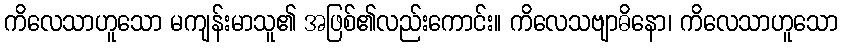
ကိလေသာဟူသော မကျန်းမာသူ၏ အဖြစ်၏လည်းကောင်း။ ကိလေသဗျာဓိနော၊ ကိလေသာဟူသော